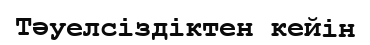
Тәуелсіздіктен кейін